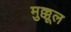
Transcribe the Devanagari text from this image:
मुक्कूल